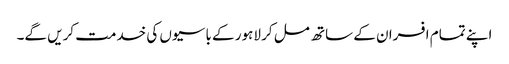
اپنے تمام افسران کے ساتھ مل کر لاہور کے باسیوں کی خدمت کریں گے۔